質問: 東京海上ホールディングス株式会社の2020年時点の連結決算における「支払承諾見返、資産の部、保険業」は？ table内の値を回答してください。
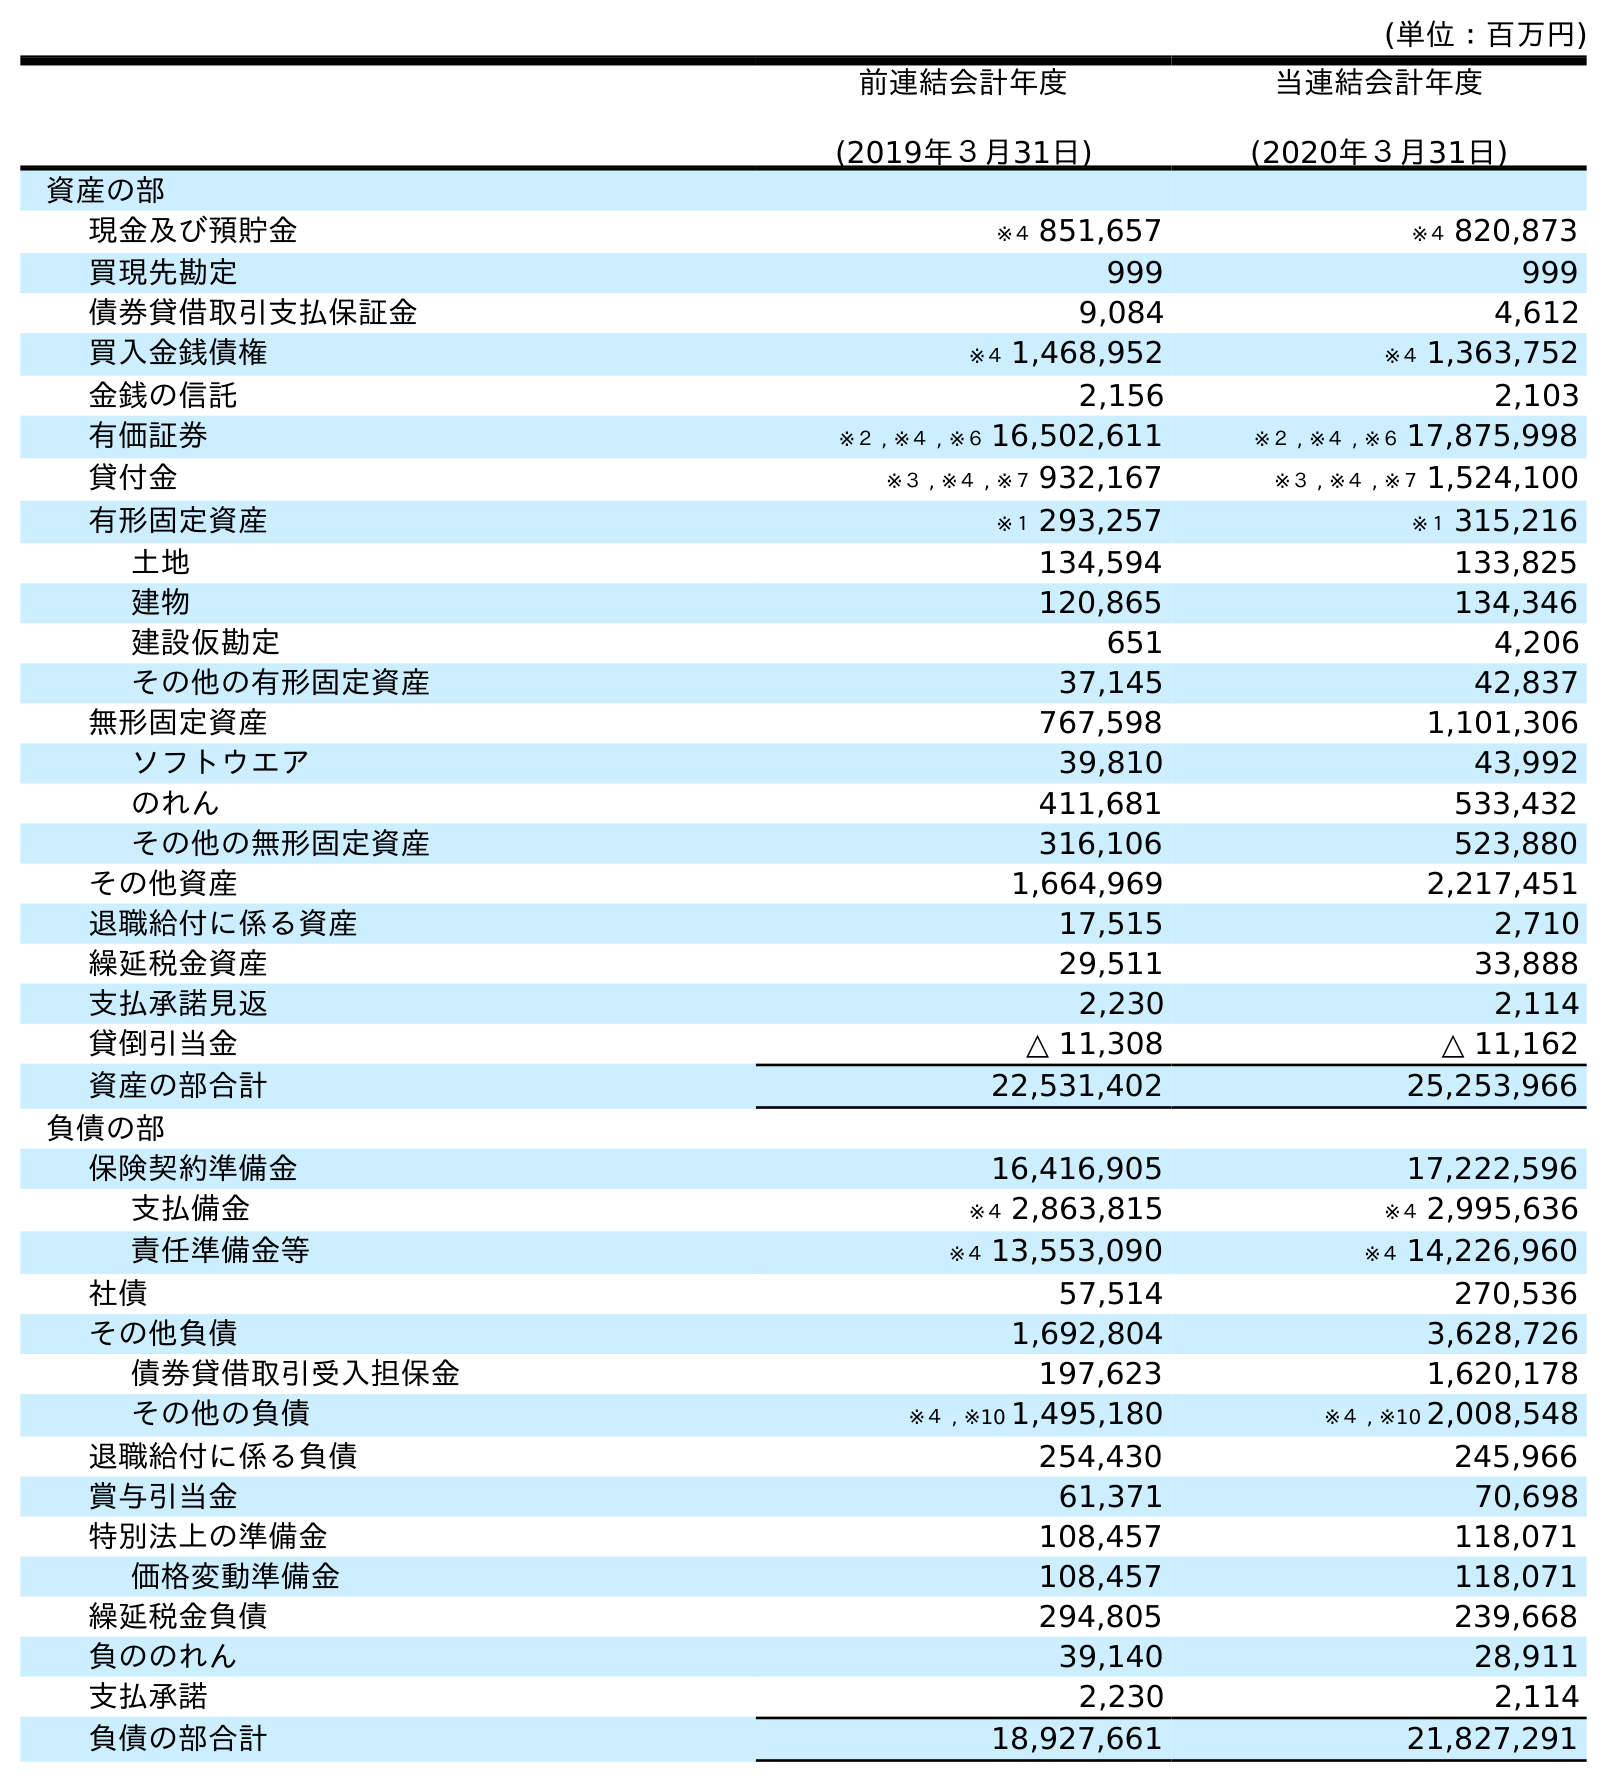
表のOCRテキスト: (単位：百万円) 前連結会計年度 (2019年３月31日) 当連結会計年度 (2020年３月31日) 資産の部 現金及び預貯金 ※４ 851,657 ※４ 820,873 買現先勘定 999 999 債券貸借取引支払保証金 9,084 4,612 買入金銭債権 ※４ 1,468,952 ※４ 1,363,752 金銭の信託 2,156 2,103 有価証券 ※２ , ※４ , ※６ 16,502,611 ※２ , ※４ , ※６ 17,875,998 貸付金 ※３ , ※４ , ※７ 932,167 ※３ , ※４ , ※７ 1,524,100 有形固定資産 ※１ 293,257 ※１ 315,216 土地 134,594 133,825 建物 120,865 134,346 建設仮勘定 651 4,206 その他の有形固定資産 37,145 42,837 無形固定資産 767,598 1,101,306 ソフトウエア 39,810 43,992 のれん 411,681 533,432 その他の無形固定資産 316,106 523,880 その他資産 1,664,969 2,217,451 退職給付に係る資産 17,515 2,710 繰延税金資産 29,511 33,888 支払承諾見返 2,230 2,114 貸倒引当金 △ 11,308 △ 11,162 資産の部合計 22,531,402 25,253,966 負債の部 保険契約準備金 16,416,905 17,222,596 支払備金 ※４ 2,863,815 ※４ 2,995,636 責任準備金等 ※４ 13,553,090 ※４ 14,226,960 社債 57,514 270,536 その他負債 1,692,804 3,628,726 債券貸借取引受入担保金 197,623 1,620,178 その他の負債 ※４ , ※10 1,495,180 ※４ , ※10 2,008,548 退職給付に係る負債 254,430 245,966 賞与引当金 61,371 70,698 特別法上の準備金 108,457 118,071 価格変動準備金 108,457 118,071 繰延税金負債 294,805 239,668 負ののれん 39,140 28,911 支払承諾 2,230 2,114 負債の部合計 18,927,661 21,827,291
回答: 2,114